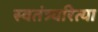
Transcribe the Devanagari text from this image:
स्वतंत्र्यरित्या